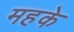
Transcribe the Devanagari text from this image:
महके